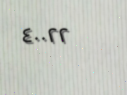
٤٠٠٢٢